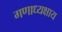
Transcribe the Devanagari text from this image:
गणाध्यक्षाय